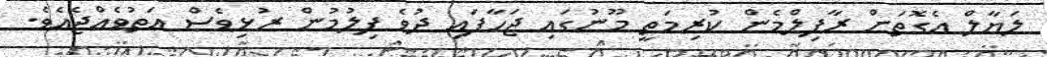
ލަޔާލް އެގޮތަށް ރާފިލްމެން ކުރިމަތީ މޫނުގައި ޖަހާފައި ދުވެ ފިލުމުން ރުޅިވެސް އަތުވެއްޖެއެވެ.